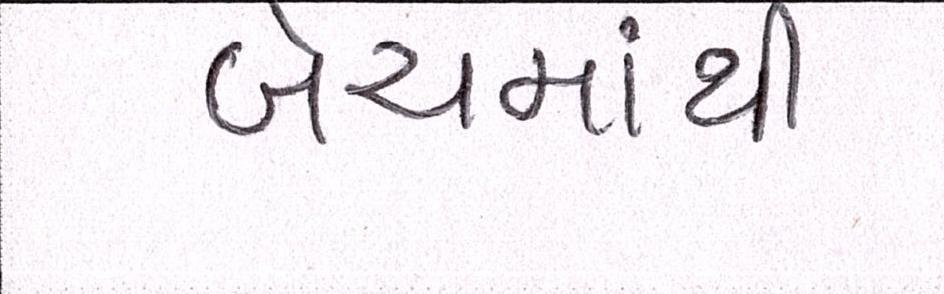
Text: બેચમાંથી